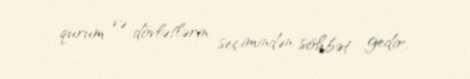
qurum və dövlətlərin seçimindən söhbət gedir.